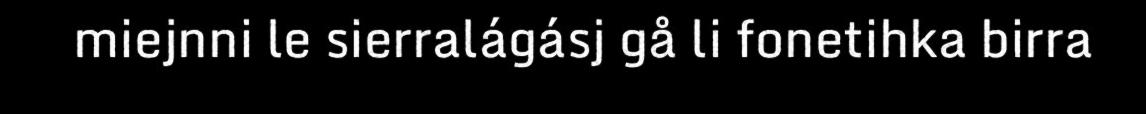
miejnni le sierralágásj gå li fonetihka birra